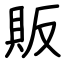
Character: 販